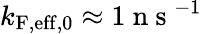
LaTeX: k_{\mathrm{F,eff},0}\approx 1\mathrm{~n~s~}^{-1}